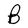
Character: B